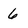
Character: 6